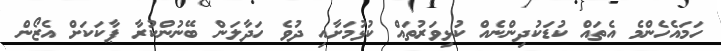
ހަމައެހެންމެ އެތައް ކުޑަކުދިންނެއް ކުޅިވަރުތައް ކުޅުމަށާއި ދުވެ ހަދާލަން ބޭނުންކުރާ ޕާކަކަށް އެޒޯން